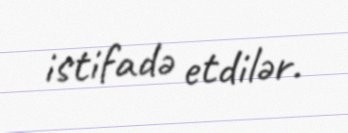
istifadə etdilər.